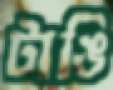
টাঙি